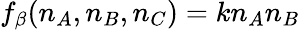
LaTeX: f_{\beta}(n_{A},n_{B},n_{C})=kn_{A}n_{B}